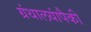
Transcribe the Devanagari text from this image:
ग्रंथालयांपैकी